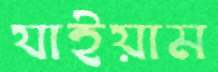
যাইয়াম